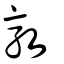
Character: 敦